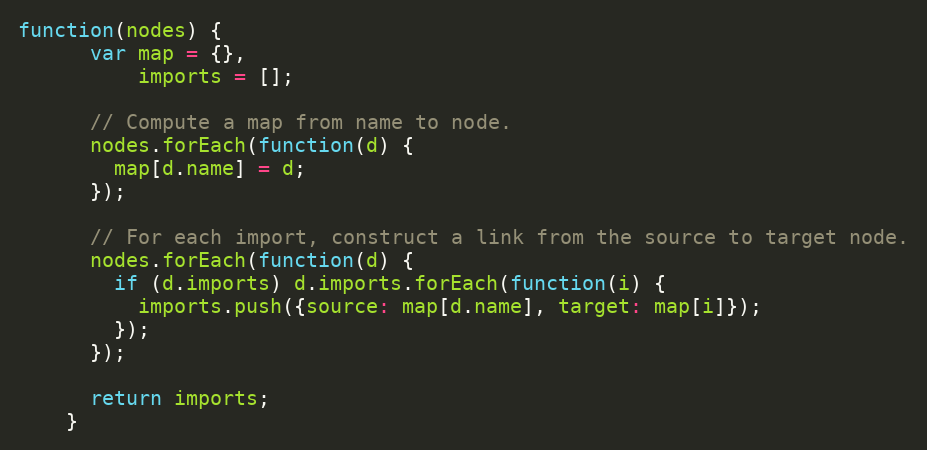
Language: JavaScript
function(nodes) {
      var map = {},
          imports = [];

      // Compute a map from name to node.
      nodes.forEach(function(d) {
        map[d.name] = d;
      });

      // For each import, construct a link from the source to target node.
      nodes.forEach(function(d) {
        if (d.imports) d.imports.forEach(function(i) {
          imports.push({source: map[d.name], target: map[i]});
        });
      });

      return imports;
    }